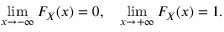
\operatorname* { l i m } _ { x \to - \infty } F _ { X } ( x ) = 0 , \quad \operatorname* { l i m } _ { x \to + \infty } F _ { X } ( x ) = 1 .